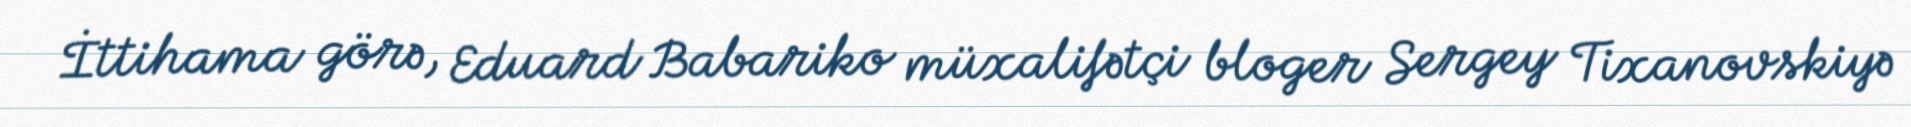
İttihama görə, Eduard Babariko müxalifətçi bloger Sergey Tixanovskiyə